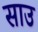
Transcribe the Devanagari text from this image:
साउ